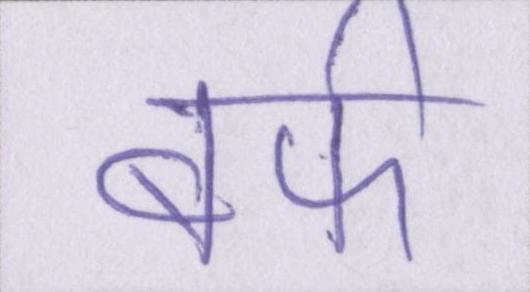
बर्फ